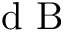
\textrm { d B }